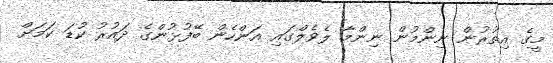
މީގެ އިިތުރުން ނިންމުން ނިންމާ ލެވެލްގައި އަންހެން ބޭފުޅުންގެ ދައުރު ކުޑަ ކަމަށް